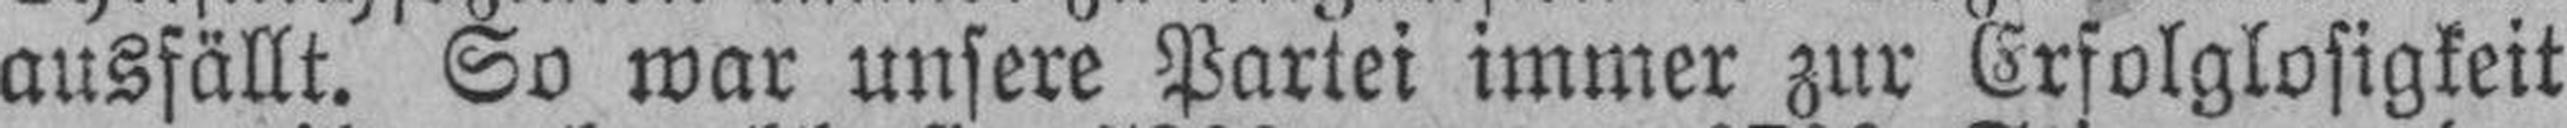
ausfällt. So war unsere Partei immer zur Erfolglosigkeit